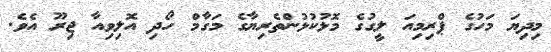
މިދިޔަ މަހުގެ ޕްރިމިއަ ލީގުގެ މޮޅުކުޅުންތެރިޔާގެ މަގާމް ހޯދި އޮލިވިއާ ޖިރޫ އެވެ.